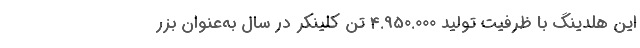
این هلدینگ با ظرفیت تولید 4.950.000 تن کلینکر در سال به‌عنوان بزر